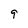
Character: 9